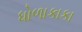
ધોળાકાકા